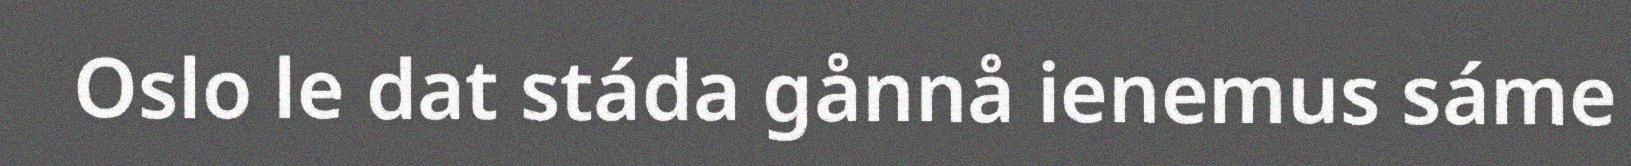
Oslo le dat stáda gånnå ienemus sáme